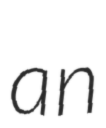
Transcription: an